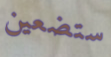
ستضعين